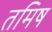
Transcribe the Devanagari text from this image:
तमिष